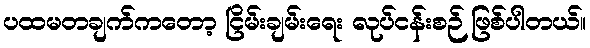
ပထမတချက်ကတော့ ငြိမ်းချမ်းရေး လုပ်ငန်းစဉ် ဖြစ်ပါတယ်။